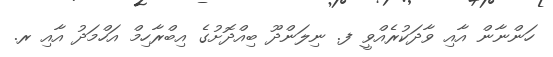
ހަންނާން އާއި ވާދަކުރެއްވީ ފ. ނިލަންދޫ ބިއްދޮށުގެ އިބްރާހިމް އަހްމަދު އާއި ރ.